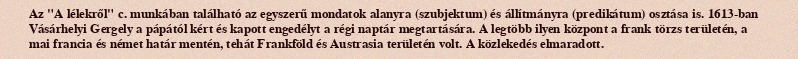
Az "A lélekről" c. munkában található az egyszerű mondatok alanyra (szubjektum) és állítmányra (predikátum) osztása is. 1613-ban Vásárhelyi Gergely a pápától kért és kapott engedélyt a régi naptár megtartására. A legtöbb ilyen központ a frank törzs területén, a mai francia és német határ mentén, tehát Frankföld és Austrasia területén volt. A közlekedés elmaradott.